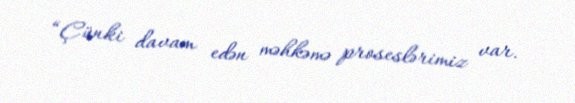
“Çünki davam edən məhkəmə proseslərimiz var.